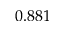
0 . 8 8 1